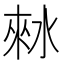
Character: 𰛾